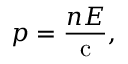
p = { \frac { n E } { \mathrm { c } } } ,